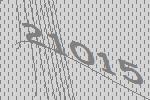
21015